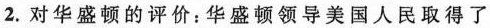
2.对华盛顿的评价：华盛顿领导美国人民取得了